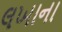
લખાના